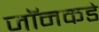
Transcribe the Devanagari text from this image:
जॉनकडे